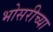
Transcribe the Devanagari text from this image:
भोसरीच्या